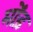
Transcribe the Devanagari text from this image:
मोंड़